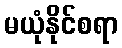
မယုံနိုင်စရာ